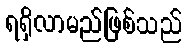
ရရှိလာမည်ဖြစ်သည်